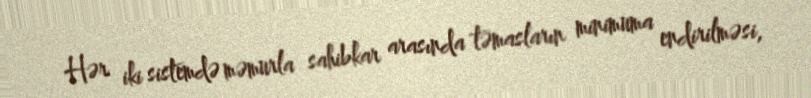
Hər iki sistemdə məmurla sahibkar arasında təmasların minimuma endirilməsi,